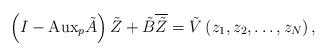
LaTeX: \begin{align*}\left(I-\mbox{Aux}_{p}\tilde{A}\right) \tilde{Z}+\tilde{B}\overline{\tilde{Z}}=\tilde{V}\left(z_{1},z_{2},\dots,z_{N}\right), \end{align*}